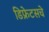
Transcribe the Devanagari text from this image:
डिफ्रेटसचे